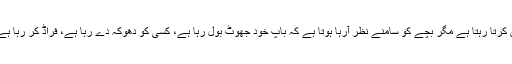
مثال کے طور پر ایک باپ اپنے بچے کو سچ بولنے کی تلقین کرتا رہتا ہے مگر بچے کو سامنے نظر آرہا ہوتا ہے کہ باپ خود جھوٹ بول رہا ہے، کسی کو دھوکہ دے رہا ہے، فراڈ کر رہا ہے اور بد دیانتی کر رہا ہے تو وہ کبھی سچ کا عادی نہیں ہوگا۔